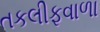
તકલીફવાળા